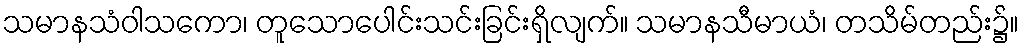
သမာနသံဝါသကော၊ တူသောပေါင်းသင်းခြင်းရှိလျက်။ သမာနသီမာယံ၊ တသိမ်တည်း၌။